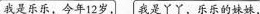
我是乐乐，今年12岁，「我是丫丫，乐乐的妹妹，